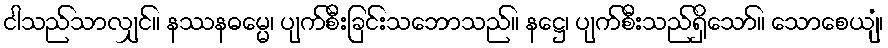
ငါသည်သာလျှင်။ နဿနဓမ္မေ၊ ပျက်စီးခြင်းသဘောသည်။ နဋ္ဌေ၊ ပျက်စီးသည်ရှိသော်။ သောစေယျံ၊